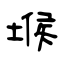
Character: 堠